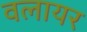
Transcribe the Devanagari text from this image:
वलायर